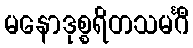
မနောဒုစ္စရိတသမင်္ဂီ